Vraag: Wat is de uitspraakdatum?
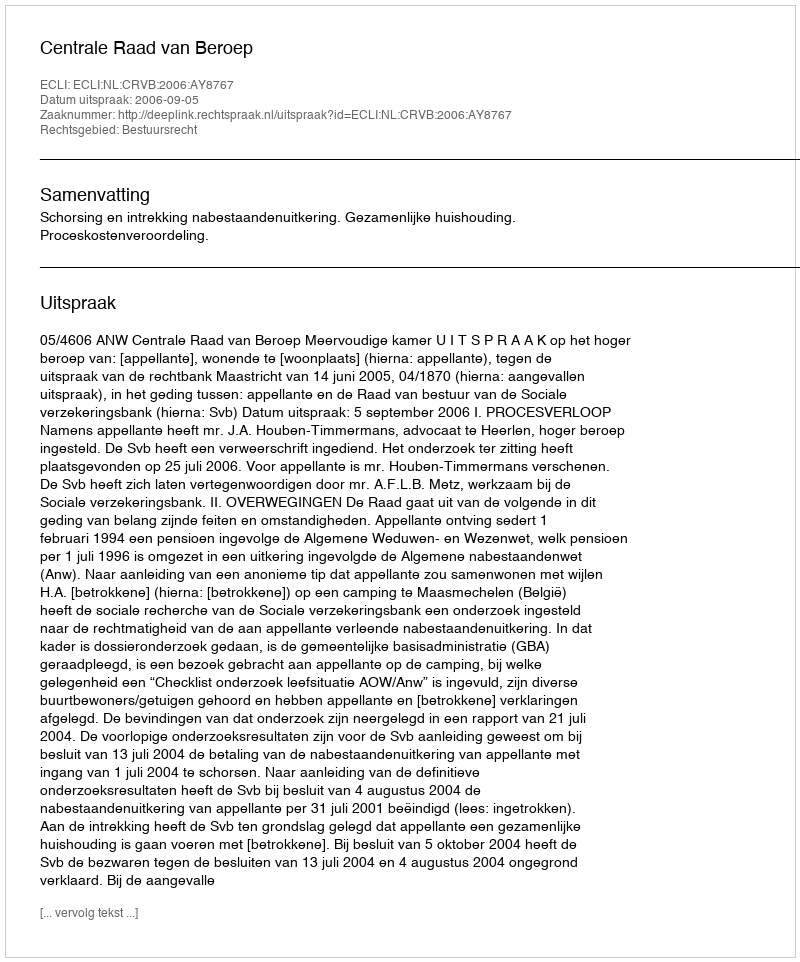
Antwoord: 2006-09-05